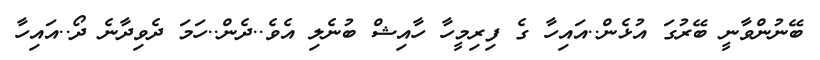
ބޭނުންވާނީ ބޭރުގަ އުޅެން..އައިހާ ގެ ފިރިމީހާ ހާއިޝް ބުނެލި އެވެ..ދެން..ހަމަ ދެވިދާނެ ދޯ..އައިހާ